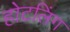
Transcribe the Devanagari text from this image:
होटलिंग